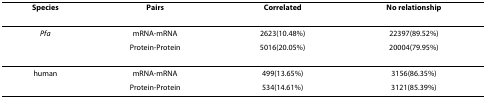
<table><thead><tr><td><b>Species</b></td><td><b>Pairs</b></td><td><b>Correlated</b></td><td><b>No relationship</b></td></tr></thead><tbody><tr><td><i>Pfa</i></td><td>mRNA-mRNA</td><td>2623(10.48%)</td><td>22397(89.52%)</td></tr><tr><td></td><td>Protein-Protein</td><td>5016(20.05%)</td><td>20004(79.95%)</td></tr><tr><td>human</td><td>mRNA-mRNA</td><td>499(13.65%)</td><td>3156(86.35%)</td></tr><tr><td></td><td>Protein-Protein</td><td>534(14.61%)</td><td>3121(85.39%)</td></tr></tbody></table>